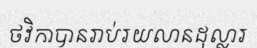
ថវិកាបានរាប់រយលានដុល្លារ